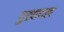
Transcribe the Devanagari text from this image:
दुखायल